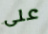
على